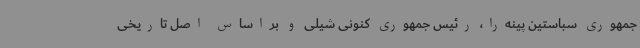
جمهوری سباستین پینه‌را، رئیس جمهوری کنونی شیلی و براساس اصل تاریخی